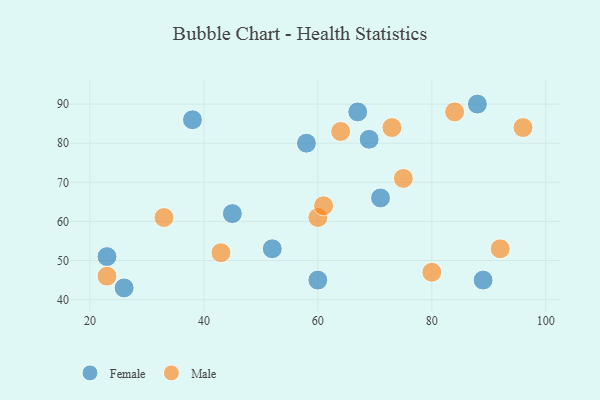
{"axis": {"x": "GDP", "y": "Life Expectancy"}, "legend": ["Female", "Male"], "data": [{"x": "89", "y": 45, "type": "Female"}, {"x": "52", "y": 53, "type": "Female"}, {"x": "58", "y": 80, "type": "Female"}, {"x": "88", "y": 90, "type": "Female"}, {"x": "26", "y": 43, "type": "Female"}, {"x": "69", "y": 81, "type": "Female"}, {"x": "45", "y": 62, "type": "Female"}, {"x": "67", "y": 88, "type": "Female"}, {"x": "23", "y": 51, "type": "Female"}, {"x": "38", "y": 86, "type": "Female"}, {"x": "60", "y": 45, "type": "Female"}, {"x": "71", "y": 66, "type": "Female"}, {"x": "73", "y": 84, "type": "Male"}, {"x": "23", "y": 46, "type": "Male"}, {"x": "60", "y": 61, "type": "Male"}, {"x": "84", "y": 88, "type": "Male"}, {"x": "33", "y": 61, "type": "Male"}, {"x": "75", "y": 71, "type": "Male"}, {"x": "80", "y": 47, "type": "Male"}, {"x": "64", "y": 83, "type": "Male"}, {"x": "92", "y": 53, "type": "Male"}, {"x": "43", "y": 52, "type": "Male"}, {"x": "61", "y": 64, "type": "Male"}, {"x": "96", "y": 84, "type": "Male"}]}